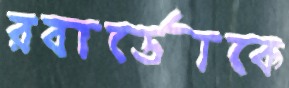
রবার্ডোকে